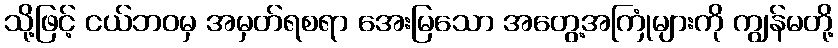
သို့ဖြင့် ငယ်ဘဝမှ အမှတ်ရစရာ အေးမြသော အတွေ့အကြုံများကို ကျွန်မတို့